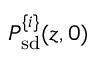
P _ { \mathrm { s d } } ^ { \{ i \} } ( z , 0 )